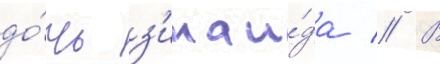
до́чь з'инаи́да // В